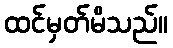
ထင်မှတ်မိသည်။